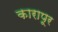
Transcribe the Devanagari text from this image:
कारापूर